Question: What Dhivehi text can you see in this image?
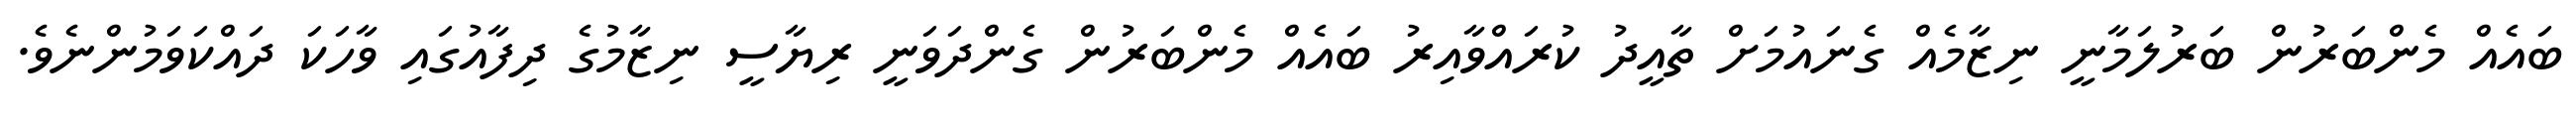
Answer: ބައެއް މެންބަރުން ބަރުލަމާނީ ނިޒާމެއް ގެނައުމަށް ތާއީދު ކުރައްވާއިރު ބައެއް މެންބަރުން ގެންދަވަނީ ރިޔާސީ ނިޒާމުގެ ދިފާއުގައި ވާހަކަ ދައްކަވަމުންނެވެ.